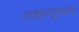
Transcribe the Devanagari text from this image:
तहानूसार